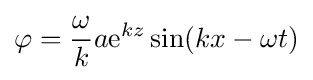
\varphi ={\frac {\omega }{k}}a{\text{e}}^{kz}\sin(kx-\omega t)